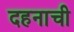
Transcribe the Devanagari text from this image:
दहनाची